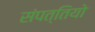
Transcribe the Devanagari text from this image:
संपत्तियो